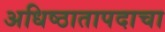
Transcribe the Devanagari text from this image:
अधिष्ठातापदाचा